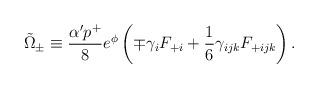
LaTeX: \begin{align*}\tilde{\Omega}_{\pm}\equiv {\alpha' p^{+}\over 8}e^{\phi}\left( \mp\gamma_{i}F_{+i}+{1\over 6}\gamma_{ijk}F_{+ijk}\right).\end{align*}